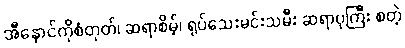
အီနောင်ကိုစံတုတ်၊ ဆရာစိမ့်၊ ရုပ်သေးမင်းသမီး ဆရာပုကြီး စတဲ့